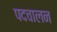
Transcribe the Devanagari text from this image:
पदचालन